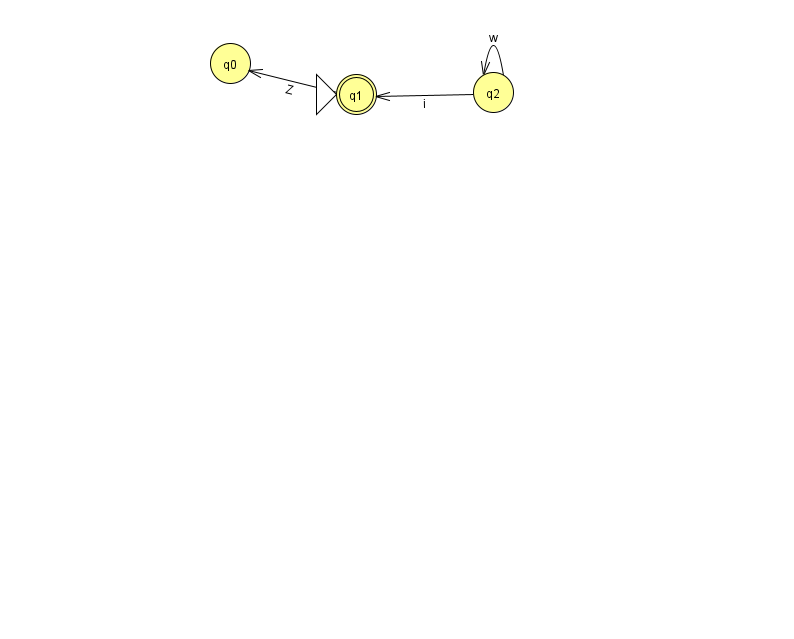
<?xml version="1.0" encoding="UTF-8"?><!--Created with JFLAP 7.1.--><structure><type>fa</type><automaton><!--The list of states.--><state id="0" name="q0"><x>230.0</x><y>50.0</y></state><state id="1" name="q1"><x>356.0</x><y>81.0</y><initial/><final/></state><state id="2" name="q2"><x>493.0</x><y>79.0</y></state><!--The list of transitions.--><transition><from>2</from><to>1</to><read>i</read></transition><transition><from>2</from><to>2</to><read>w</read></transition><transition><from>1</from><to>0</to><read>Z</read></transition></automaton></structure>